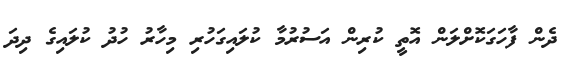
ދެން ފާހަގަކޮށްލަން އޮތީ ކުރިން އަސުރުމާ ކުލައިގަހުރި މިހާރު ހުދު ކުލައިގެ ދިދަ